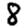
Digit: 8